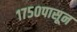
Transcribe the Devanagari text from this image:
१७५०पासून